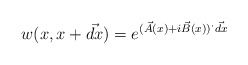
\begin{align*}w(x,x+\vec{dx})=e^{(\vec{A}(x)+i\vec{B}(x))^\cdot\vec{dx}}\end{align*}